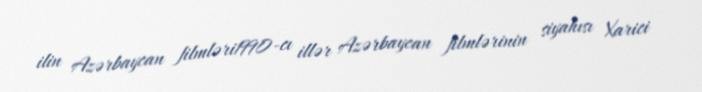
ilin Azərbaycan filmləri1990-cı illər Azərbaycan filmlərinin siyahısı Xarici